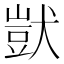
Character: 獃